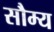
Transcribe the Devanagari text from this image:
सौम्‍य